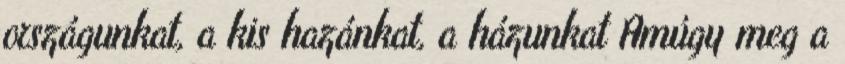
országunkat, a kis hazánkat, a házunkat Amúgy meg a